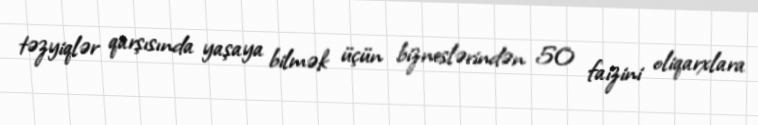
təzyiqlər qarşısında yaşaya bilmək üçün bizneslərindən 50 faizini oliqarxlara